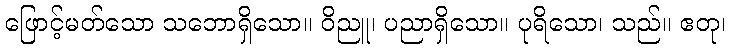
ဖြောင့်မတ်သော သဘောရှိသော။ ဝိညူ၊ ပညာရှိသော။ ပုရိသော၊ သည်။ ဧတု၊